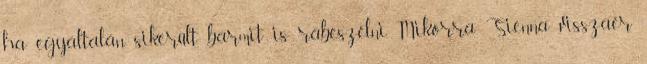
ha egyáltalán sikerült bármit is rábeszélni. Mikorra Sienna visszaér